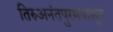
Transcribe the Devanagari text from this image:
तिरुअनंतपुरमपासून